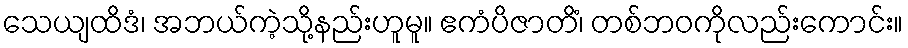
သေယျထိဒံ၊ အဘယ်ကဲ့သို့နည်းဟူမူ။ ဧကံပိဇာတိံ၊ တစ်ဘဝကိုလည်းကောင်း။